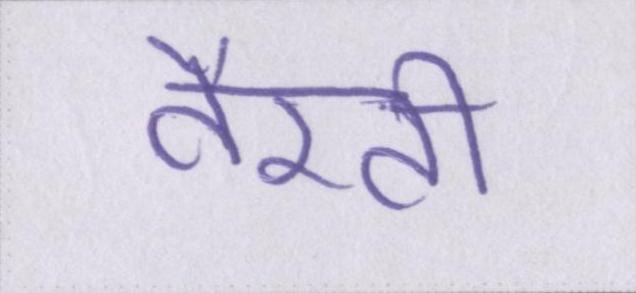
तैरती